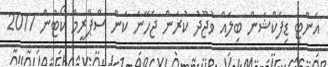
އެންޓި ޑިފެކްޝަން ބިލެއް ވުޖޫދު ކުރަން ޖެހޭނެ ކަން ސްޕްރީމް ކޯޓުން 2017